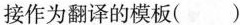
接作为翻译的模板()